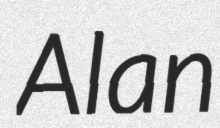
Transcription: Alan